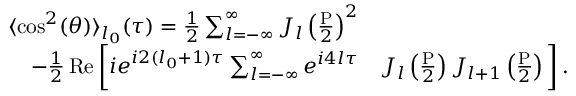
\begin{array} { r l } { \langle \cos ^ { 2 } ( \theta ) \rangle _ { l _ { 0 } } ( \tau ) = \frac { 1 } { 2 } \sum _ { l = - \infty } ^ { \infty } J _ { l } \left( \frac { \mathrm { P } } { 2 } \right) ^ { 2 } } & { { } } \\ { - \frac { 1 } { 2 } \operatorname { R e } \bigg [ i e ^ { i 2 ( l _ { 0 } + 1 ) \tau } \sum _ { l = - \infty } ^ { \infty } e ^ { i 4 l \tau } } & { { } J _ { l } \left( \frac { \mathrm { P } } { 2 } \right) J _ { l + 1 } \left( \frac { \mathrm { P } } { 2 } \right) \bigg ] \, . } \end{array}